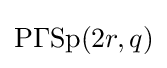
\mathrm {P\Gamma Sp} (2r,q)